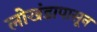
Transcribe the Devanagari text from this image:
लाेखंडापासून